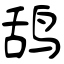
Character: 鸹